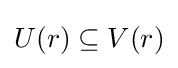
U(r)\subseteq V(r)